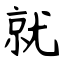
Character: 就